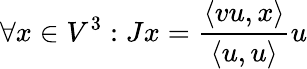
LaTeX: \forall x\in V^{3}:Jx=\frac{\langle vu,x\rangle}{\langle u,u\rangle}u